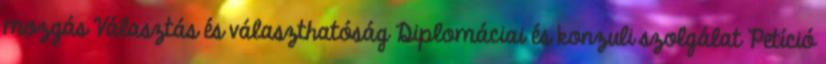
mozgás Választás és választhatóság Diplomáciai és konzuli szolgálat Petíció